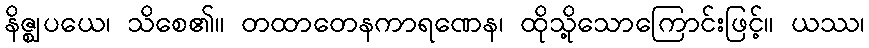
နိဇ္ဈပယေ၊ သိစေ၏။ တထာတေနကာရဏေန၊ ထိုသို့သောကြောင်းဖြင့်။ ယဿ၊